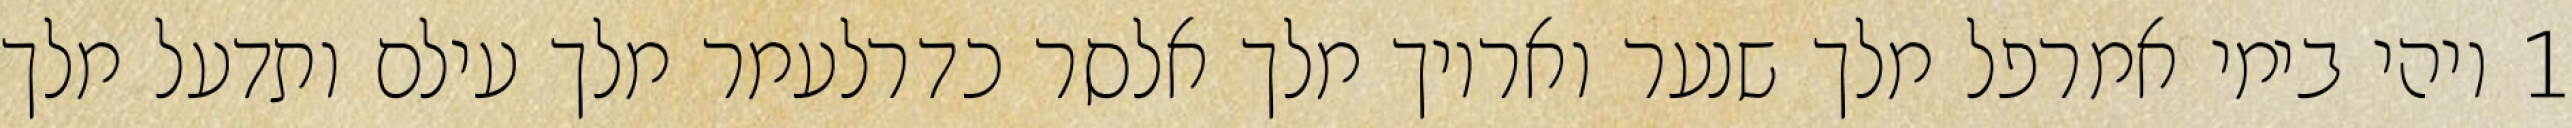
1 ויהי בימי אמרפל מלך שנער ואריוך מלך אלסר כדרלעמר מלך עילם ותדעל מלך